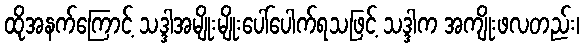
ထိုအနက်ကြောင့် သဒ္ဒါအမျိုးမျိုးပေါ်ပေါက်ရသဖြင့် သဒ္ဒါက အကျိုးဖလတည်း၊